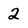
Character: 2